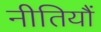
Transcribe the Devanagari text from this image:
नीतियौं